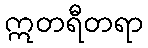
ဣတရီတရာ